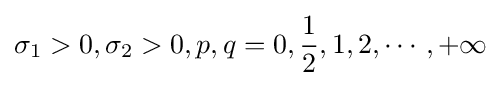
\sigma _{1}>0,\sigma _{2}>0,p,q=0,{\frac {1}{2}},1,2,\cdots ,+\infty